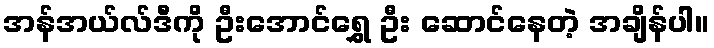
အန်အယ်လ်ဒီကို ဦးအောင်ရွှေ ဦး ဆောင်နေတဲ့ အချိန်ပါ။